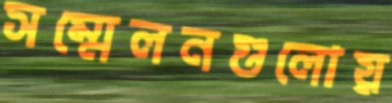
সম্মেলনগুলোয়